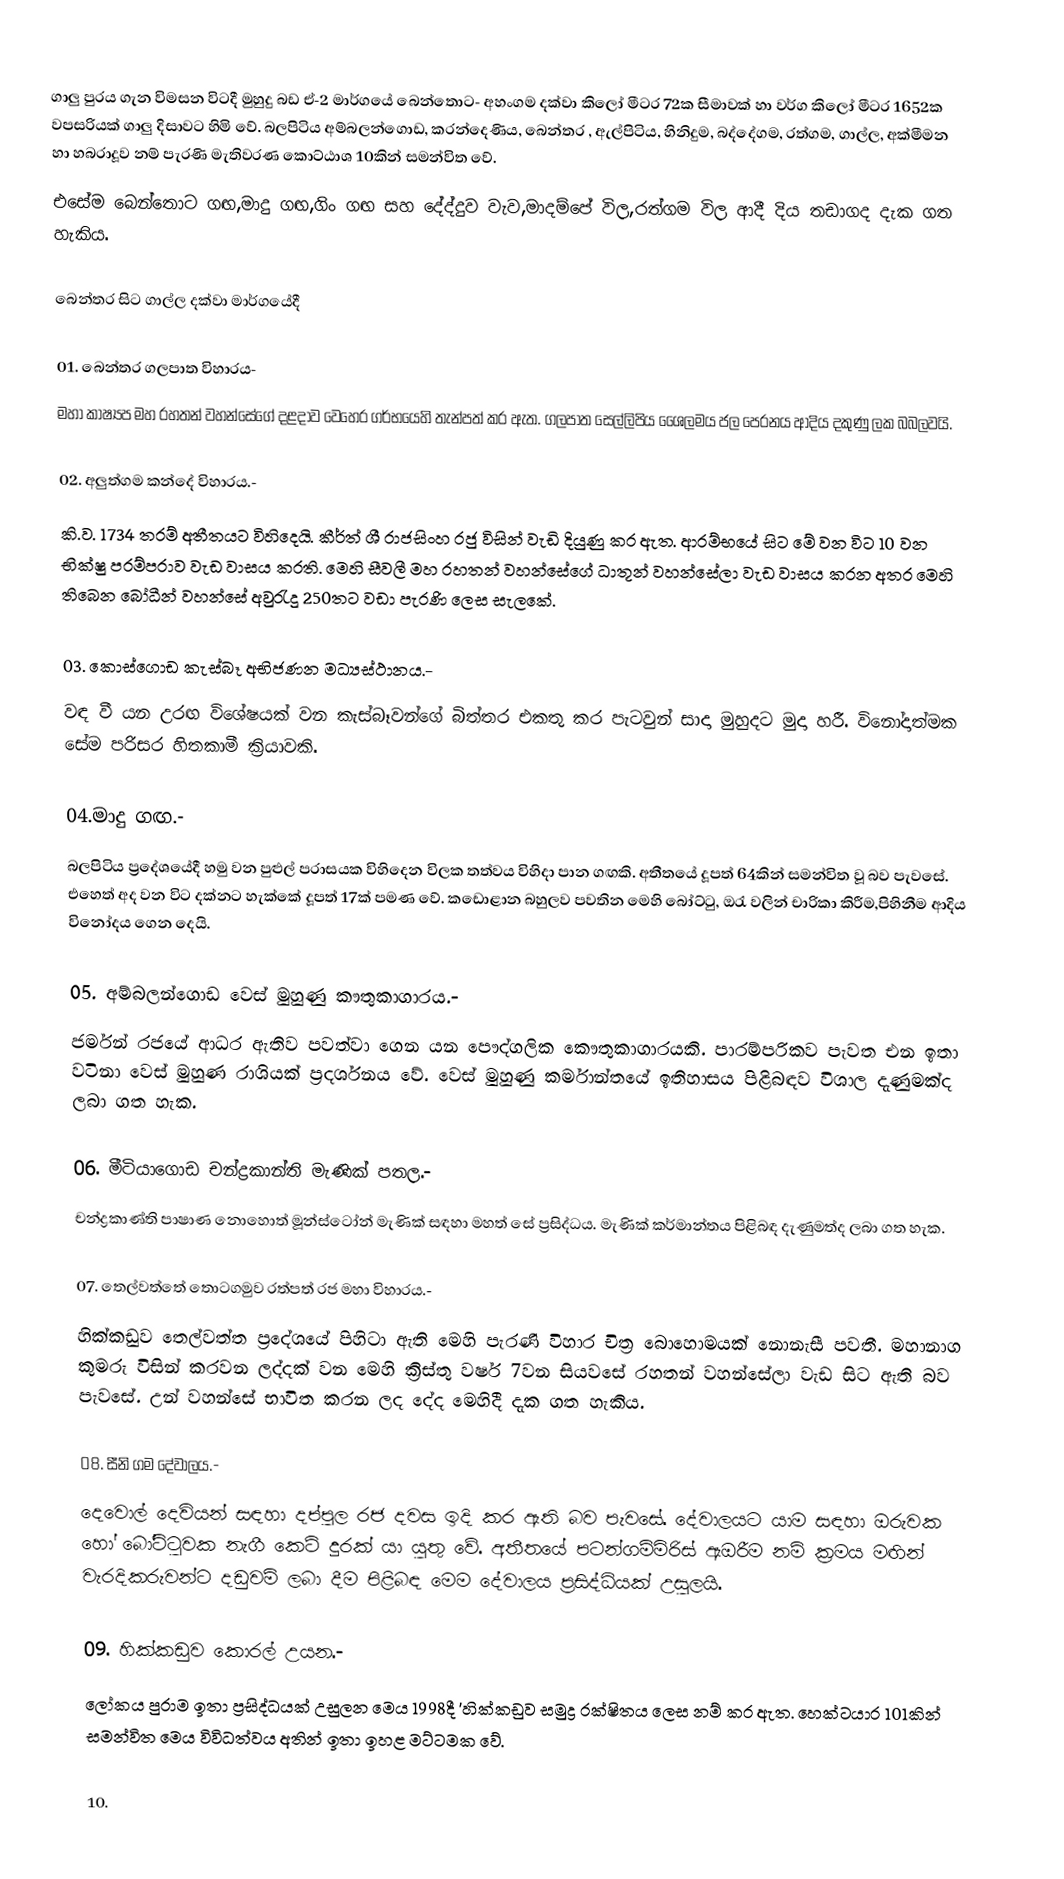
ගාලු පුරය ගැන විමසන විටදී මුහුදු බඩ ඒ-2 මාර්ග‍‍යේ බෙන්තොට- අහංගම දක්වා කිලෝ මීටර 72ක සීමාවක් හා වර්ග කිලෝ මීටර 1652ක වපසරියක් ගාලු දිසාවට හිමි වේ. බලපිටිය අම්බලන්ගොඩ, කරන්දෙණිය, ‍බෙන්තර , ඇල්පිටිය, හිනිදුම, බද්දේගම,  රත්ගම, ගාල්ල, අක්මීමන හා හබරාදූව නම් පැරණි මැතිවරණ කොට්ඨාශ 10කින් සමන්විත වේ.
එසේම බෙන්තොට ගඟ,මාදු ගඟ,ගිං ගඟ සහ දේද්දුව වැව,මාදම්පේ විල,රත්ගම විල ආදී දිය තඩාගද දැක ගත හැකිය.

බෙන්තර සිට ගාල්ල දක්වා මාර්ගයේදී

01. බෙන්තර ගලපාත විහාරය-
මහා කාෂ්‍යප මහ රහතන් වහන්සේගේ දළදාව වෙහෙර ගර්භයෙහි තැන්පත් කර ඇත. ගලපාත සෙල්ලිපිය ‍ශෛලමය ජල පෙරනය ආදිය දකුණු ලක බබලවයි.

02. අලුත්ගම කන්දේ විහාරය.-
කි.ව. 1734 තරම් අතීතයට විහිදෙයි. කීර්ත් ශී රාජසිංහ රජු විසින් වැඩි දියුණු කර ඇත. ආරම්භයේ සිට මේ වන විට 10 වන භික්ෂු පරම්පරාව වැඩ වාසය කරති. මෙහි සීවලී මහ රහතන් වහන්සේගේ ධාතූන් වහන්සේලා වැඩ වාසය කරන අතර මෙහි තිබෙන බෝධීන් වහන්සේ අවුරැදු 250තට වඩා පැරණි ලෙස සැල‍කේ.

03. ‍කොස්ගොඩ කැස්බෑ අභිජණන මධ්‍යස්ථානය.-
වඳ වී යන උරඟ විශේෂයක් වන කැස්බෑවන්ගේ බිත්තර එකතු කර පැටවුන් සාදා මුහුදට මුදා හරී. විනෝදාත්මක සේම පරිසර හිතකාමී ක්‍රියාවකි.

04.මාදු ගඟ.-
බලපිටිය ප්‍රදේශයේදී හමු වන පුළුල් පරාසයක විහිදෙන විලක තත්වය විහිදා පාන ගඟකි. අතීතයේ දූපත් 64කින් සමන්විත වූ බව පැවසේ. එහෙත් අද වන විට දක්නට හැක්කේ දූපත් 17ක් පමණ වේ. කඩොළාන බහුලව පවතින මෙහි බෝට්ටු, ඔරැ වලින් චාරිකා කිරීම,පිහිනීම ආදිය විනෝදය ගෙන දෙයි.

05. අම්බලන්ගොඩ වෙස් මුහුණු කෟතුකාගාරය.-
ජර්මන් රජයේ ආධර ඇතිව පවත්වා ගෙන යන පෞද්ගලික කෞතුකාගාරයකි. පාරම්පරිකව පැවත එන ඉතා වටිනා වෙස් මුහුණ රාශියක් ප්‍රදර්ශනය වේ. වෙස් මුහුණු කර්මාන්තයේ ඉතිහාසය පිළිබඳව විශාල දැණුමක්ද ලබා ගත හැක.

06. මීටියාගොඩ චන්ද්‍රකාන්ති මැණික් පතල.-
චන්ද්‍රකාණ්ති පාෂාණ නොහොත් මූන්ස්ටෝන් මැණික් සඳහා මහත් සේ ප්‍රසිද්ධය. මැණික් කර්මාන්තය පිළිබඳ දැණුමත්ද ලබා ගත හැක.

07. තෙල්වත්තේ තොටගමුව රත්පත් රජ මහා විහාරය.-
හික්කඩුව තෙල්වත්ත ප්‍රදේශයේ පිහිටා ඇති මෙහි පැරණි විහාර චිත්‍ර බොහොමයක් නොනැසී පවතී. මහානාග කුමරු විසින් කරවන ලද්දක් වන මෙහි ක්‍රිස්තු වර්ෂ 7වන සියවසේ රහතන් වහන්සේලා වැඩ සිට ඇති බව පැවසේ. උන් වහන්සේ භාවිත කරන ලද දේද මෙහිදී දැක ගත හැකිය.

08. සීනි ගම දේවාලය.-
දෙවොල් දෙවියන් සඳහා දප්පුල රජ දවස ඉදි කර ඇති බව පැවසේ. දේවාලයට යාම සඳහා ඔරුවක හෝ බෝට්ටුවක නැගී කෙටි දුරක් යා යුතු වේ. අතීතයේ පටන්ගම්මිරිස් ඇඔරීම නම් ක්‍රමය මඟින් වැරදිකරුවන්ට දඩුවම් ලබා දීම පිළිබඳ මෙම දේවාලය ප්‍රසිද්ධියක් උසුලයි.

09. හික්කඩුව කොරල් උයන.-
ලෝකය පුරාම ඉතා ප්‍රසිද්ධයක් උසුලන මෙය 1998දී 'හික්කඩුව සමුද්‍ර රක්ෂිතය ලෙස නම් කර ඇත. හෙක්ටයාර 101කින් සමන්විත මෙය විවිධත්වය අතින් ඉතා ඉහළ මට්ටමක වේ.

10.